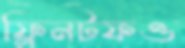
ফ্লিনটফও